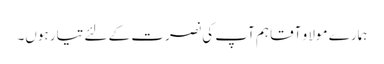
ہمارے مولا و آقا ہم آپ کی نصرت کے لئے تیار ہوں۔